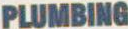
PLUMBING